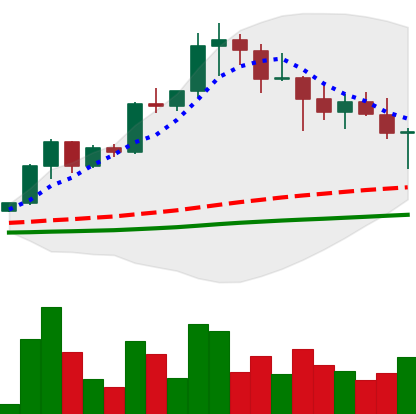
Ticker: XRP-USD
Chart end date: 2021-04-23
Forward return: 16.153%
Label: up_7plus